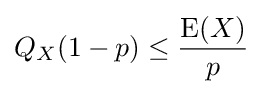
Q_{X}(1-p)\leq {\frac {\operatorname {E} (X)}{p}}